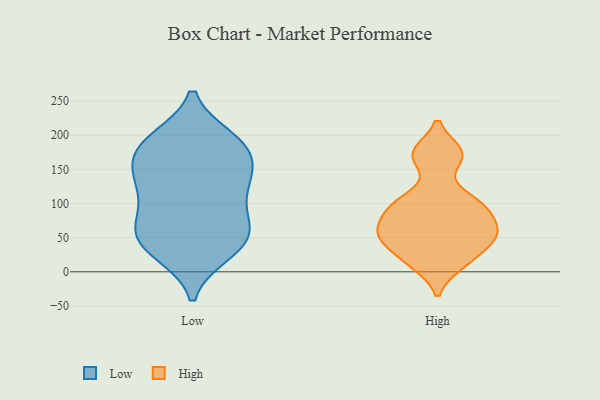
{"axis": {"x": "Population (Million)", "y": "Value"}, "legend": ["High", "Low"], "data": [{"x": "", "y": 170, "type": "Low"}, {"x": "", "y": 41, "type": "Low"}, {"x": "", "y": 192, "type": "Low"}, {"x": "", "y": 136, "type": "Low"}, {"x": "", "y": 124, "type": "Low"}, {"x": "", "y": 44, "type": "Low"}, {"x": "", "y": 76, "type": "Low"}, {"x": "", "y": 71, "type": "Low"}, {"x": "", "y": 64, "type": "Low"}, {"x": "", "y": 189, "type": "Low"}, {"x": "", "y": 28, "type": "Low"}, {"x": "", "y": 164, "type": "Low"}, {"x": "", "y": 30, "type": "Low"}, {"x": "", "y": 127, "type": "Low"}, {"x": "", "y": 113, "type": "Low"}, {"x": "", "y": 144, "type": "Low"}, {"x": "", "y": 185, "type": "Low"}, {"x": "", "y": 62, "type": "Low"}, {"x": "", "y": 194, "type": "Low"}, {"x": "", "y": 171, "type": "High"}, {"x": "", "y": 100, "type": "High"}, {"x": "", "y": 98, "type": "High"}, {"x": "", "y": 54, "type": "High"}, {"x": "", "y": 66, "type": "High"}, {"x": "", "y": 170, "type": "High"}, {"x": "", "y": 98, "type": "High"}, {"x": "", "y": 58, "type": "High"}, {"x": "", "y": 48, "type": "High"}, {"x": "", "y": 12, "type": "High"}, {"x": "", "y": 174, "type": "High"}, {"x": "", "y": 50, "type": "High"}, {"x": "", "y": 30, "type": "High"}, {"x": "", "y": 102, "type": "High"}, {"x": "", "y": 72, "type": "High"}, {"x": "", "y": 13, "type": "High"}]}